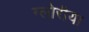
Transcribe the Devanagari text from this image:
ग्लोरीया